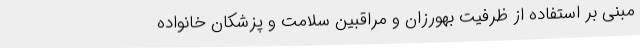
مبنی بر استفاده از ظرفیت بهورزان و مراقبین سلامت و پزشکان خانواده